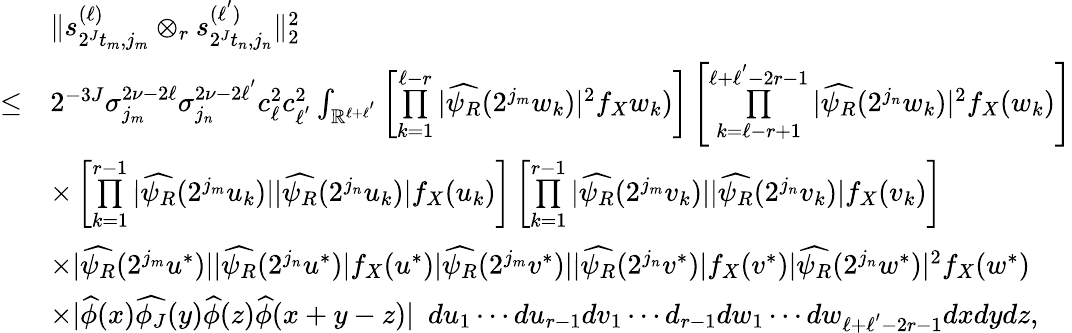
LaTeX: \begin{array}{rl}&{\| s_{2^{J}t_{m},j_{m}}^{(\ell)}\otimes_{r}s_{2^{J}t_{n},j_{n}}^{(\ell^{'})}\| _{2}^{2}}\\ {\leq}&{2^{-3J}\sigma_{j_{m}}^{2\nu-2\ell}\sigma_{j_{n}}^{2\nu-2\ell^{'}}c_{\ell}^{2}c_{\ell^{'}}^{2}\int_{\mathbb{R}^{\ell+\ell^{'}}}\left[\overset{\ell-r}{\underset{k=1}{\prod}}|\widehat{\psi_{R}}(2^{j_{m}}w_{k})|^{2}f_{X}w_{k})\right]\left[\overset{\ell+\ell^{'}-2r-1}{\underset{k=\ell-r+1}{\prod}}|\widehat{\psi_{R}}(2^{j_{n}}w_{k})|^{2}f_{X}(w_{k})\right]}\\ &{\times\left[\overset{r-1}{\underset{k=1}{\prod}}|\widehat{\psi_{R}}(2^{j_{m}}u_{k})||\widehat{\psi_{R}}(2^{j_{n}}u_{k})|f_{X}(u_{k})\right]\left[\overset{r-1}{\underset{k=1}{\prod}}|\widehat{\psi_{R}}(2^{j_{m}}v_{k})||\widehat{\psi_{R}}(2^{j_{n}}v_{k})|f_{X}(v_{k})\right]}\\ &{\times|\widehat{\psi_{R}}(2^{j_{m}}u^{*})||\widehat{\psi_{R}}(2^{j_{n}}u^{*})|f_{X}(u^{*})|\widehat{\psi_{R}}(2^{j_{m}}v^{*})||\widehat{\psi_{R}}(2^{j_{n}}v^{*})|f_{X}(v^{*})|\widehat{\psi_{R}}(2^{j_{n}}w^{*})|^{2}f_{X}(w^{*})}\\ &{\times|\widehat{\phi}(x)\widehat{\phi_{J}}(y)\widehat{\phi}(z)\widehat{\phi}(x+y-z)|\ \ du_{1}\cdots du_{r-1}dv_{1}\cdots d_{r-1}dw_{1}\cdots dw_{\ell+\ell^{'}-2r-1}dxdydz,}\end{array}